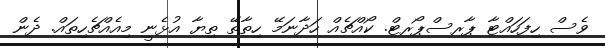
ވެސް ހިފަހައްޓާ ޕާރސްޕޯރޓް. ކޯއްޗެއް ހަދާނަމޭ ހިތާތޭ ތިޔާ އުޅެނީ މިއެއްޗެހިތައް. ދެން